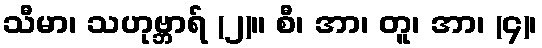
သီမာ၊ သဟုဗ္ဘာရ် (၂)။ စီ၊ အာ၊ တူ၊ အာ၊ (၄)၊